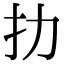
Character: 扐